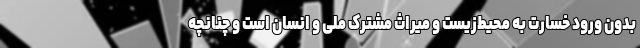
بدون ورود خسارت به محیط‌زیست و میراث مشترک ملی و انسان است و چنانچه